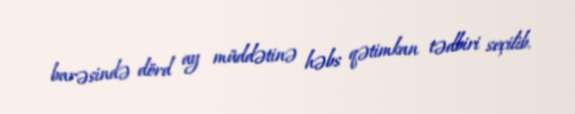
barəsində dörd ay müddətinə həbs qətimkan tədbiri seçilib.